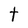
Character: t